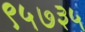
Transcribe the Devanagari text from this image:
९५७३५